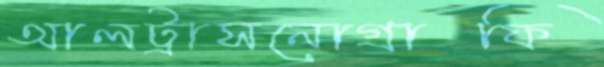
আলট্রাসনোগ্রাফি